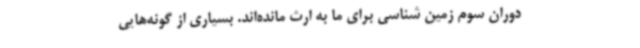
دوران سوم زمین شناسی برای ما به ارث مانده‌اند. بسیاری از گونه‌هایی